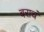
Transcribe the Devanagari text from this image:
बराचं